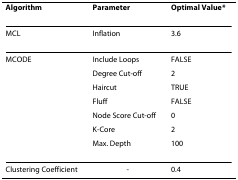
<table><thead><tr><td><b>Algorithm</b></td><td><b>Parameter</b></td><td><b>Optimal Value*</b></td></tr></thead><tbody><tr><td>MCL</td><td>Inflation</td><td>3.6</td></tr><tr><td>MCODE</td><td>Include Loops</td><td>FALSE</td></tr><tr><td></td><td>Degree Cut-off</td><td>2</td></tr><tr><td></td><td>Haircut</td><td>TRUE</td></tr><tr><td></td><td>Fluff</td><td>FALSE</td></tr><tr><td></td><td>Node Score Cut-off</td><td>0</td></tr><tr><td></td><td>K-Core</td><td>2</td></tr><tr><td></td><td>Max. Depth</td><td>100</td></tr><tr><td>Clustering Coefficient</td><td>-</td><td>0.4</td></tr></tbody></table>